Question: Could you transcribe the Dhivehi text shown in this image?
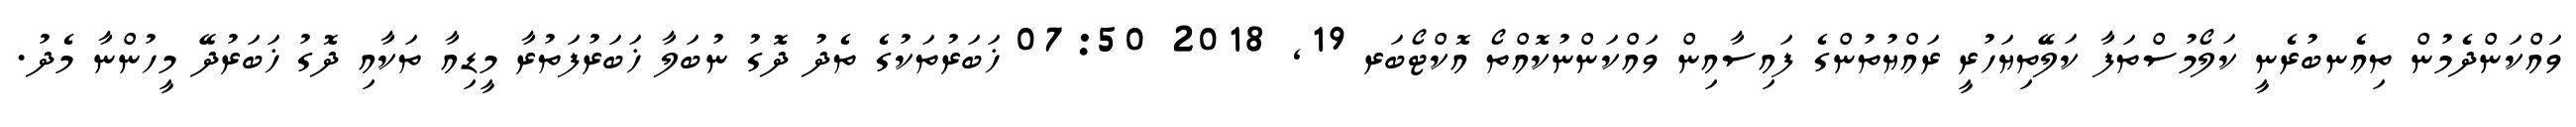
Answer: ވައްކަންދެމުން ތިއެނބުރެނީ ކަލޯމުސްތަފާ ކަލޭތިޔަހުރީ ރައްޔުތުންގެ ފައިސާއިން ވައްކަންނުކޮއްތޯ އޮކްޓޯބަރ 19, 2018 07:50 ޚަބަރުތަކުގެ ތެދު ދޮގު ނުބަލާ ޚަބަރުފަތުރާ މީޑިއާ ތަކާއި ދޮގު ޚަބަރުދޭ މީހުންނާ މެދު.